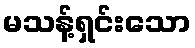
မသန့်ရှင်းသော